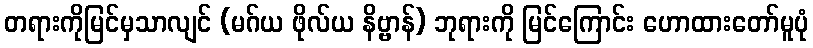
တရားကိုမြင်မှသာလျင် (မဂ်ယ ဖိုလ်ယ နိဗ္ဗာန်) ဘုရားကို မြင်ကြောင်း ဟောထားတော်မူပုံ